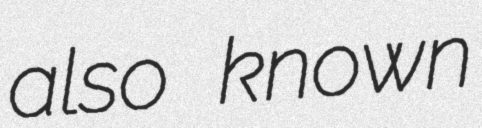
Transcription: also known